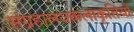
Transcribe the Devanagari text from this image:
संग्रहालयकलाकृतियों